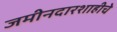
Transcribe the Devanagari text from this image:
जमीनदारशाहीचे